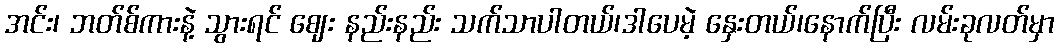
အင်း၊ ဘတ်စ်ကားနဲ့ သွားရင် ဈေး နည်းနည်း သက်သာပါတယ်၊ဒါပေမဲ့ နှေးတယ်၊နောက်ပြီး လမ်းခုလတ်မှာ